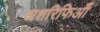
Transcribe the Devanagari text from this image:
अशरिफिआँ